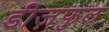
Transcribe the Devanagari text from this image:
डीज़फुल